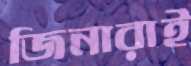
জিনারাই